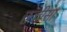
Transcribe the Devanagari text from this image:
छत्तीसा